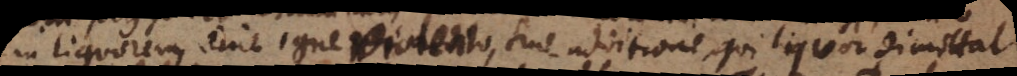
in liquorem, sine igne violento, sine additione, qui liquor dimittat